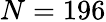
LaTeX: N=196